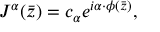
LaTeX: J ^ { \alpha } ( \bar { z } ) = c _ { \alpha } e ^ { i \alpha \cdot \phi ( \bar { z } ) } ,